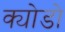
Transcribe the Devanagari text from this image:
क्योडो